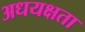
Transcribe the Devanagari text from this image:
अधयक्षता